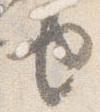
由